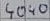
Text: 4040